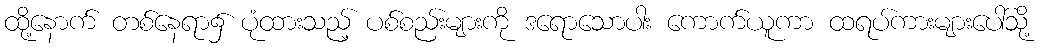
ထို့နောက် တစ်နေရာ၌ ပုံထားသည့် ပစ်စည်းများကို ဒရောသောပါး ကောက်ယူကာ ထရပ်ကားများပေါ်သို့